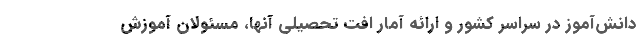
دانش‌آموز در سراسر کشور و ارائه آمار افت تحصیلی آنها، مسئولان آموزش